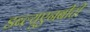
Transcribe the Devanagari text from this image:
डब्ल्यूएनबीटी